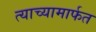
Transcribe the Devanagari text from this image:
त्याच्यामार्फत